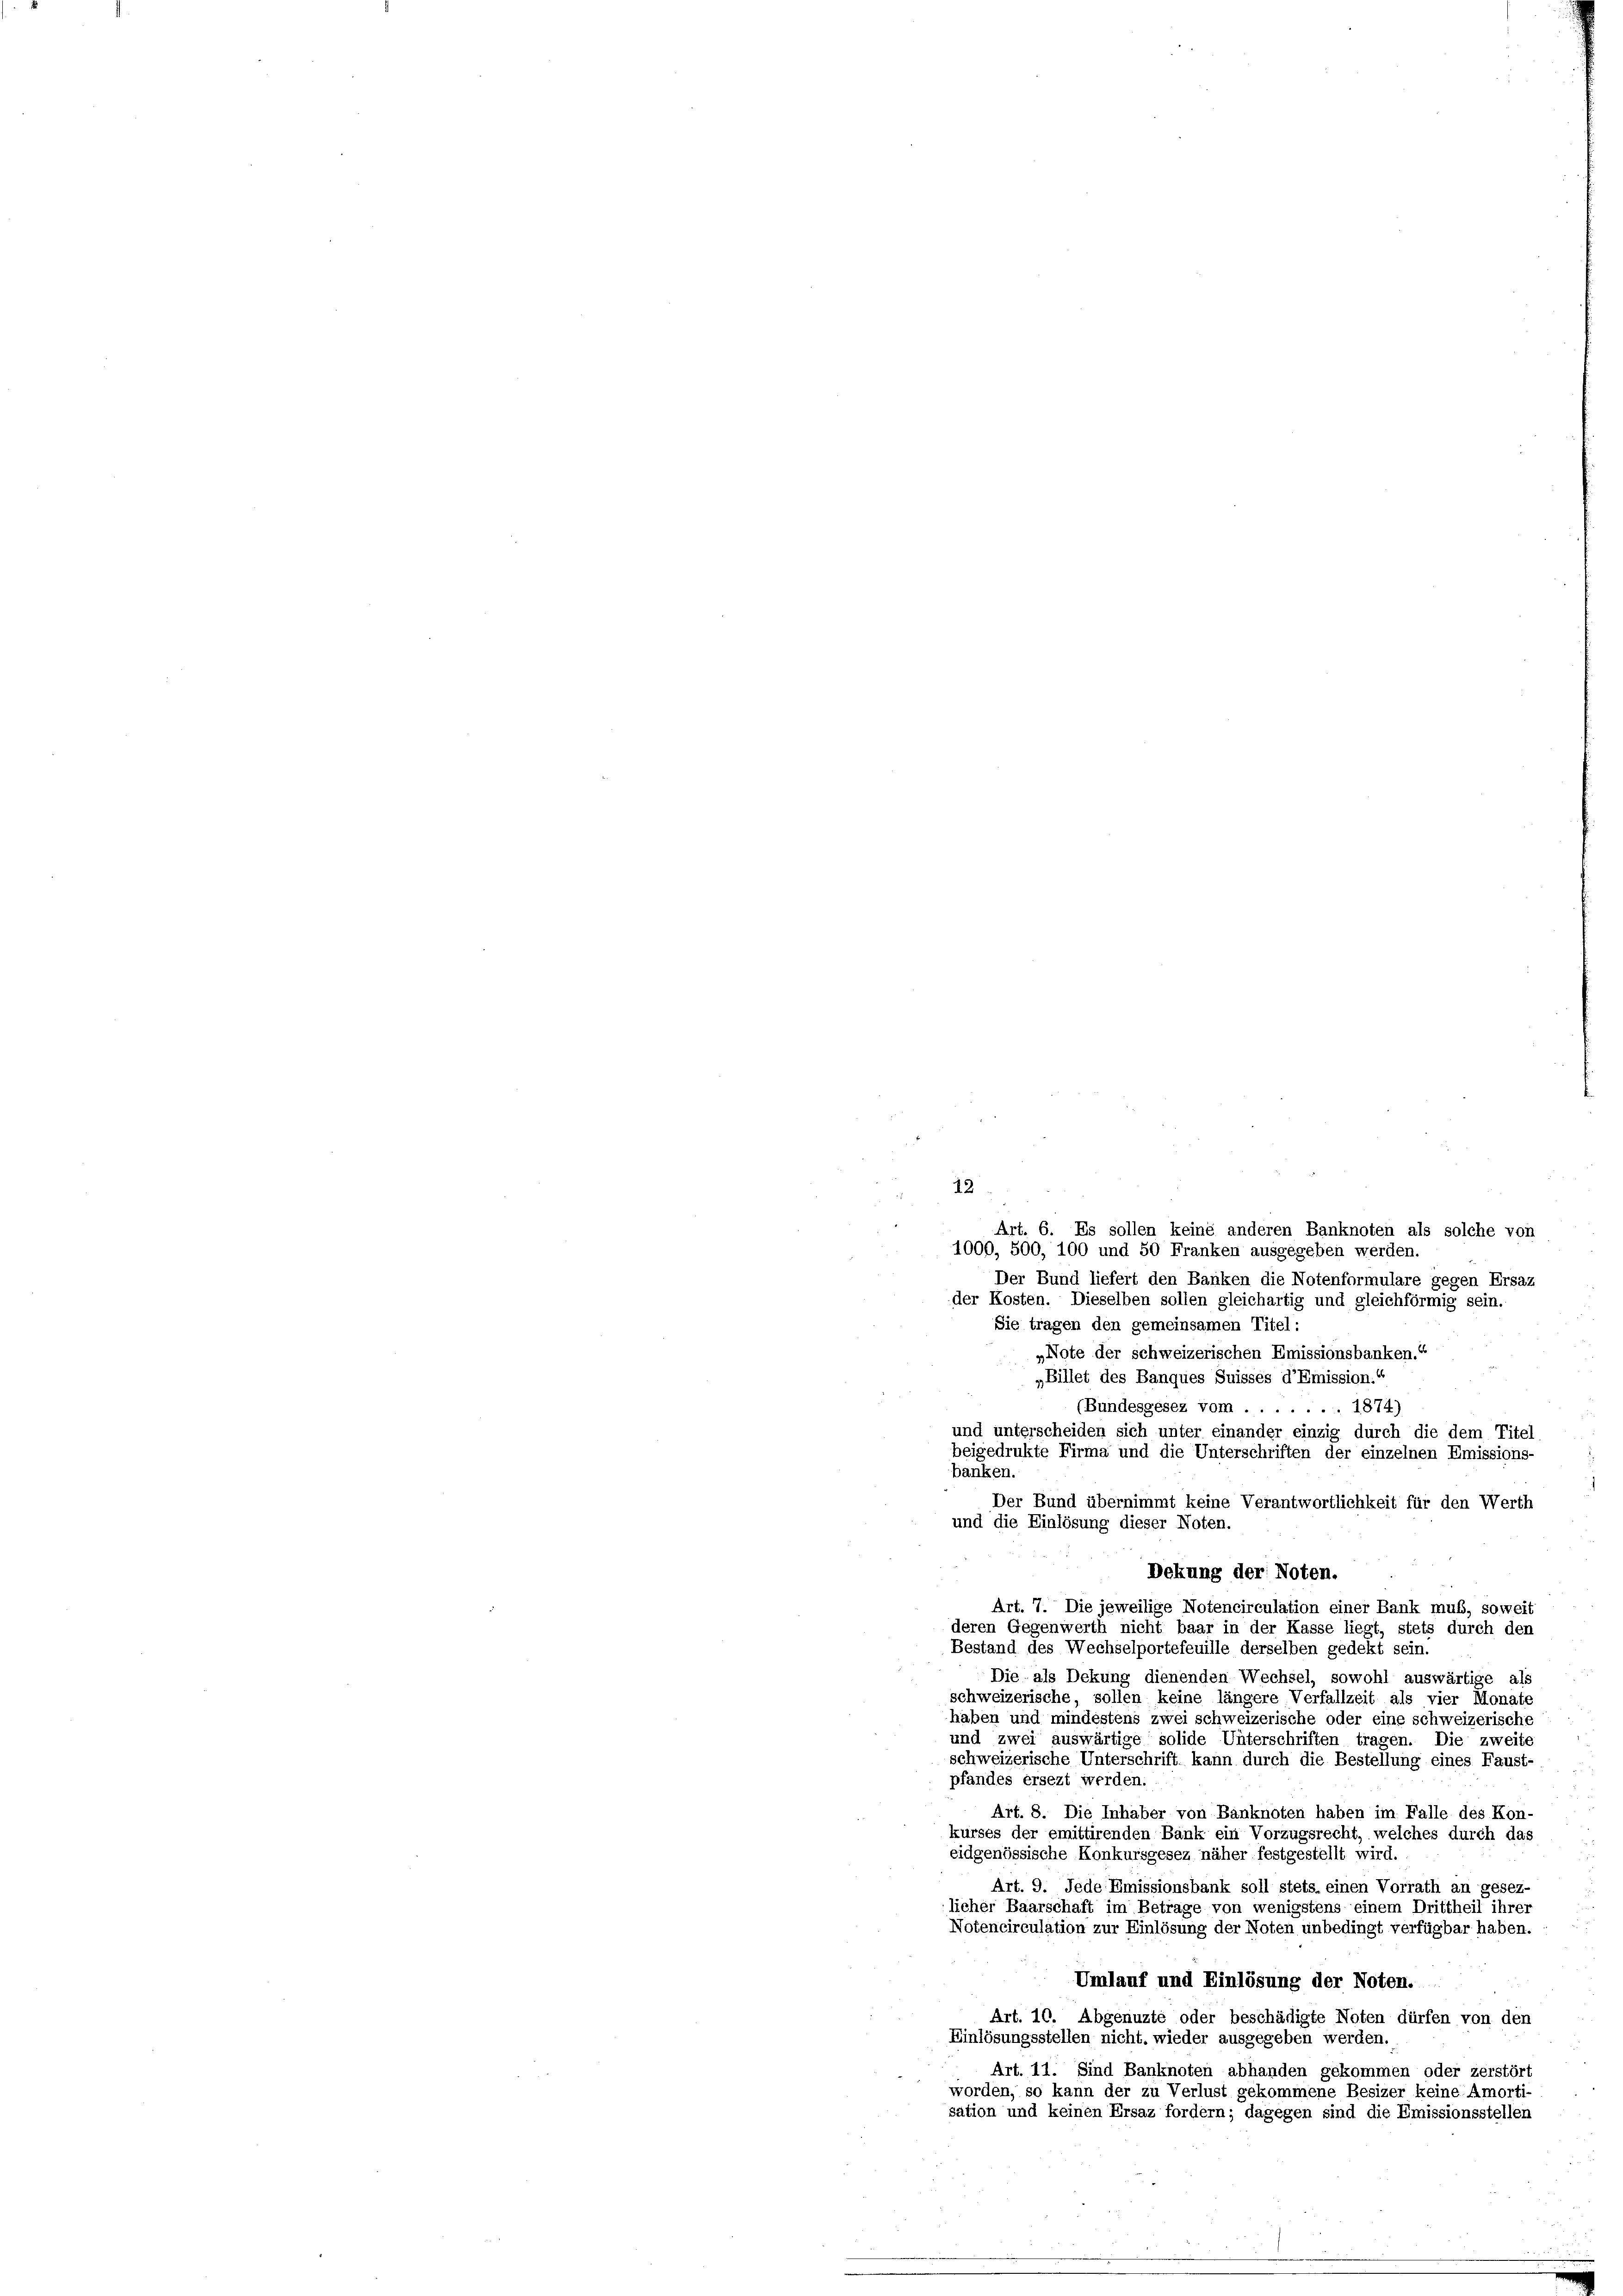
12
Art. 6. Es sollen keine anderen Banknoten als solche von
1000, 500, 100 und 50 Franken ausgegeben werden.
Der Bund liefert den Banken die Notenformulare gegen Ersaz
der Kosten. Dieselben sollen gleichartig und gleichförmig sein.
Sie tragen den gemeinsamen Titel:
„Note der schweizerischen Emissionsbanken.“
„Billet des Banques Suisses d’Emission.“
(Bundesgesez vom.... 1874)
und unterscheiden sich unter einander einzig durch die dem Titel
beigedrukte Firma und die Unterschriften der einzelnen Emissions-
Der Bund übernimmt keine Verantwortlichkeit für den Werth
und die Einlösung dieser Noten.
Dekung der Noten.
Art. 7. Die jeweilige Notencirculation einer Bank muß, soweit
deren Gegenwerth nicht baar in der Kasse liegt, stets durch den
Bestand des Wechselportefeuille derselben gedekt sein.
Die als Dekung dienenden Wechsel, sowohl auswärtige als
schweizerische, sollen keine längere Verfallzeit als vier Monate
haben und mindestens zwei schweizerische oder eine schweizerische
und zwei auswärtige solide Unterschriften tragen. Die zweite
schweizerische Unterschrift kann durch die Bestellung eines Faust-
pfandes ersezt werden.
Art. 8. Die Inhaber von Banknoten haben im Falle des Kon-
kurses der emittirenden Bank ein Vorzugsrecht, welches durch das
eidgenössische Konkursgesez näher festgestellt wird.
Art. 9. Jede Emissionsbank soll stets einen Vorrath an gesez
licher Baarschaft im Betrage von wenigstens einem Drittheil ihrer
Notencirculation zur Einlösung der Noten unbedingt verfügbar haben.
Umlauf und Einlösung der Noten.
Art. 10. Abgenuzte oder beschädigte Noten dürfen von den
Einlösungsstellen nicht, wieder ausgegeben werden.
Art. 11. Sind Banknoten abhanden gekommen oder zerstört
worden, so kann der zu Verlust gekommene Besizer keine Amorti-
sation und keinen Ersaz fordern; dagegen sind die Emissionsstellen

banken